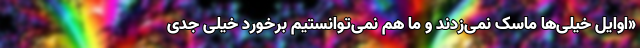
«اوایل خیلی‌ها ماسک نمی‌زدند و ما هم نمی‌توانستیم برخورد خیلی جدی